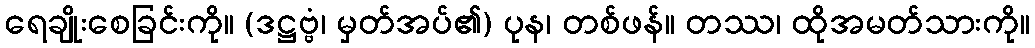
ရေချိုးစေခြင်းကို။ (ဒဋ္ဌဗ္ဗံ၊ မှတ်အပ်၏) ပုန၊ တစ်ဖန်။ တဿ၊ ထိုအမတ်သားကို။